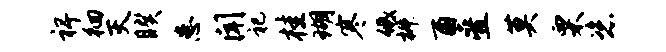
裨徊灭睽患闻祀桂瑚寒低椒酉叠莫栗恣